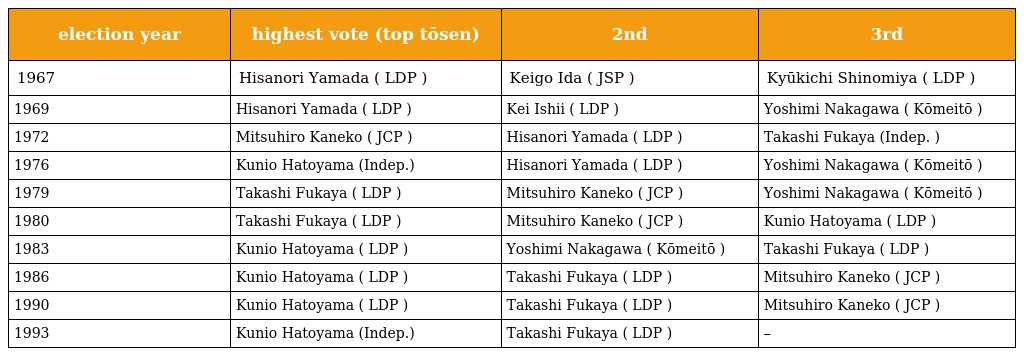
| election year | highest vote (top tōsen) | 2nd | 3rd |
 | --- | --- | --- | --- |
 | 1967 | Hisanori Yamada ( LDP ) | Keigo Ida ( JSP ) | Kyūkichi Shinomiya ( LDP ) |
 | 1969 | Hisanori Yamada ( LDP ) | Kei Ishii ( LDP ) | Yoshimi Nakagawa ( Kōmeitō ) |
 | 1972 | Mitsuhiro Kaneko ( JCP ) | Hisanori Yamada ( LDP ) | Takashi Fukaya (Indep. ) |
 | 1976 | Kunio Hatoyama (Indep.) | Hisanori Yamada ( LDP ) | Yoshimi Nakagawa ( Kōmeitō ) |
 | 1979 | Takashi Fukaya ( LDP ) | Mitsuhiro Kaneko ( JCP ) | Yoshimi Nakagawa ( Kōmeitō ) |
 | 1980 | Takashi Fukaya ( LDP ) | Mitsuhiro Kaneko ( JCP ) | Kunio Hatoyama ( LDP ) |
 | 1983 | Kunio Hatoyama ( LDP ) | Yoshimi Nakagawa ( Kōmeitō ) | Takashi Fukaya ( LDP ) |
 | 1986 | Kunio Hatoyama ( LDP ) | Takashi Fukaya ( LDP ) | Mitsuhiro Kaneko ( JCP ) |
 | 1990 | Kunio Hatoyama ( LDP ) | Takashi Fukaya ( LDP ) | Mitsuhiro Kaneko ( JCP ) |
 | 1993 | Kunio Hatoyama (Indep.) | Takashi Fukaya ( LDP ) | – |